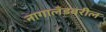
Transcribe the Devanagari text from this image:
नागालँडवरील